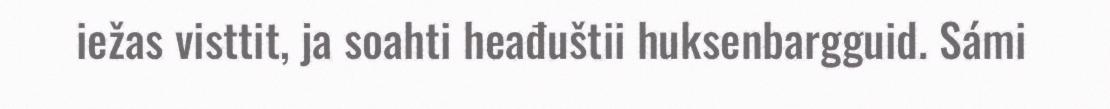
iežas visttit, ja soahti heađuštii huksenbargguid. Sámi